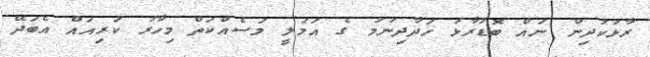
ރާޅުކުދިން ނައް ބޮޑުރާޅު ހަދާދިނުމު ގެ އަމަލީ މަސެއްކަތް މިހާރު ކުރިއައް އެބަދޭ